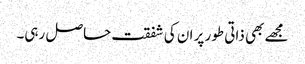
مجھے بھی ذاتی طور پر ان کی شفقت حاصل رہی۔